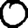
Digit: 0